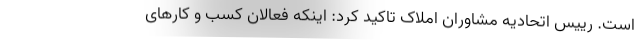
است. رییس اتحادیه مشاوران املاک تاکید کرد: اینکه فعالان کسب و کارهای